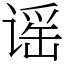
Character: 谣